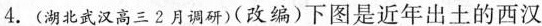
4.(湖北武汉高三2月调研)(改编)下图是近年出土的西汉